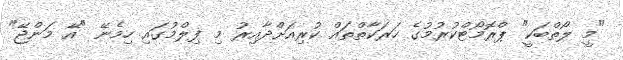
"މީ ލޯތްބަކީ" ޕްރޮމޯޓްކުރުމުގެ ހަރަކާތްތައް ކުރިއަށްދާއިރު މި ފިލްމުގައި ހިމެނޭ "އޭ މަންޖޭ"